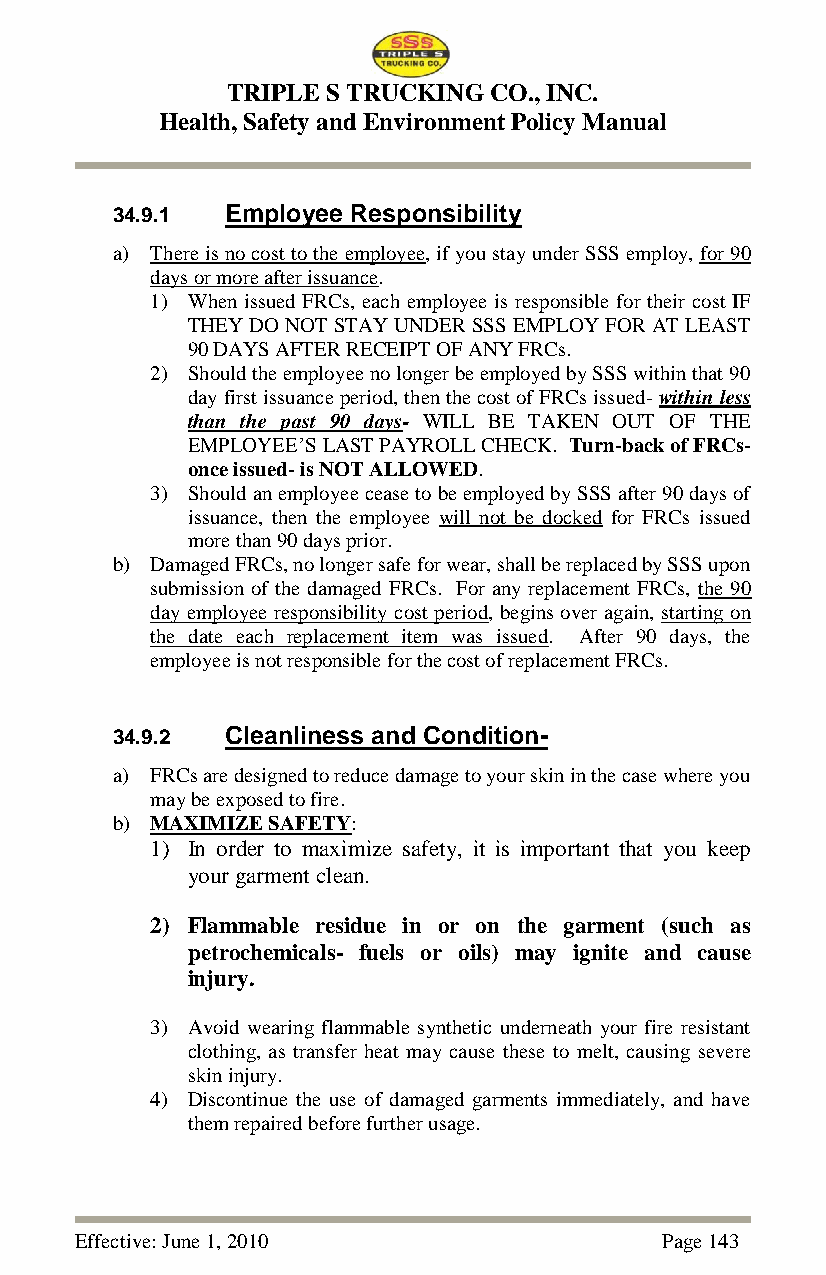
TRIPLE S TRUCKING CO., INC.
 Health, Safety and Environment Policy Manual
 34.9.1  Employee Responsibility
 a) There is no cost to the employee, if you stay under SSS employ, for 90
 days or more after issuance.
 1) When issued FRCs, each employee is responsible for their cost IF
 THEY DO NOT STAY UNDER SSS EMPLOY FOR AT LEAST
 90 DAYS AFTER RECEIPT OF ANY FRCs.
 2) Should the employee no longer be employed by SSS within that 90
 day first issuance period, then the cost of FRCs issued- within less
 than the past 90 days- WILL BE TAKEN OUT OF THE
 EMPLOYEE‘S LAST PAYROLL CHECK. Turn-back of FRCs-
 once issued- is NOT ALLOWED.
 3) Should an employee cease to be employed by SSS after 90 days of
 issuance, then the employee will not be docked for FRCs issued
 more than 90 days prior.
 b) Damaged FRCs, no longer safe for wear, shall be replaced by SSS upon
 submission of the damaged FRCs. For any replacement FRCs, the 90
 day employee responsibility cost period, begins over again, starting on
 the date each replacement item was issued. After 90 days, the
 employee is not responsible for the cost of replacement FRCs.
 34.9.2  Cleanliness and Condition-
 a) FRCs are designed to reduce damage to your skin in the case where you
 may be exposed to fire.
 b) MAXIMIZE SAFETY:
 1) In order to maximize safety, it is important that you keep
 your garment clean.
 2) Flammable residue in or on the garment (such as
 petrochemicals- fuels or oils) may ignite and cause
 injury.
 3) Avoid wearing flammable synthetic underneath your fire resistant
 clothing, as transfer heat may cause these to melt, causing severe
 skin injury.
 4) Discontinue the use of damaged garments immediately, and have
 them repaired before further usage.
 Effective: June 1, 2010                Page 143